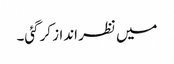
میں نظر انداز کرگئی۔